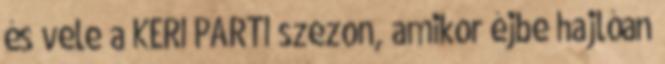
és vele a KERI PARTI szezon, amikor éjbe hajlóan